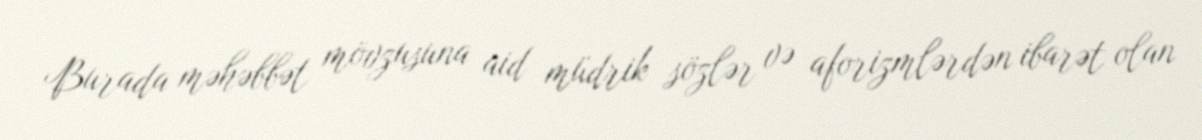
Burada məhəbbət mövzusuna aid müdrik sözlər və aforizmlərdən ibarət olan